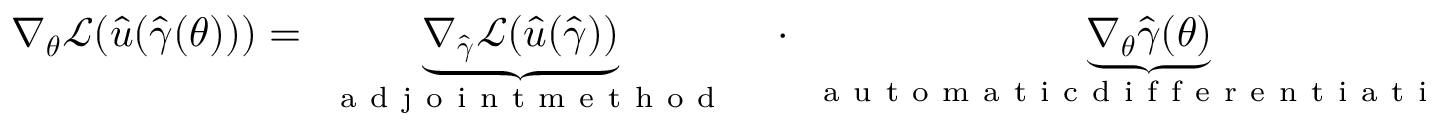
\nabla _ { \boldsymbol { \theta } } \mathcal { L } ( \hat { u } ( \boldsymbol { \hat { \gamma } } ( \boldsymbol { \theta } ) ) ) = \underbrace { \nabla _ { \boldsymbol { \hat { \gamma } } } \mathcal { L } ( \hat { u } ( \boldsymbol { \hat { \gamma } } ) ) } _ { \mathrm { ~ \normalfont ~ a ~ d ~ j ~ o ~ i ~ n ~ t ~ m ~ e ~ t ~ h ~ o ~ d ~ } } \quad \cdot \underbrace { \nabla _ { \boldsymbol { \theta } } \boldsymbol { \hat { \gamma } } ( \boldsymbol { \theta } ) } _ { \mathrm { ~ \normalfont ~ a ~ u ~ t ~ o ~ m ~ a ~ t ~ i ~ c ~ d ~ i ~ f ~ f ~ e ~ r ~ e ~ n ~ t ~ i ~ a ~ t ~ i ~ o ~ n ~ } }